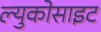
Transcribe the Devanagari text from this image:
ल्युकोसाइट